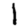
Digit: 1